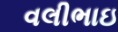
વલીભાઇ